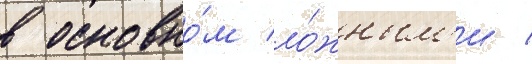
в основно́м ло́жным'и /